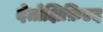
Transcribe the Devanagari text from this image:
देतोक्षिफ़िएद